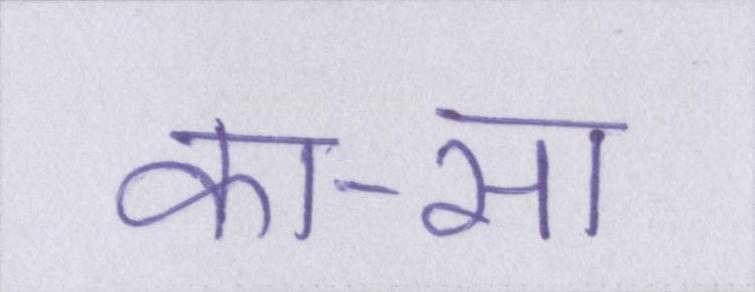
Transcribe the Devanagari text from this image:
का-सा